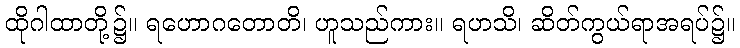
ထိုဂါထာတို့၌။ ရဟောဂတောတိ၊ ဟူသည်ကား။ ရဟသိ၊ ဆိတ်ကွယ်ရာအရပ်၌။